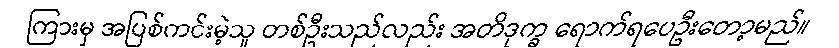
ကြားမှ အပြစ်ကင်းမဲ့သူ တစ်ဦးသည်လည်း အတိဒုက္ခ ရောက်ရပေဦးတော့မည်။